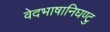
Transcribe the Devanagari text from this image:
वेदभाषानिघण्टु